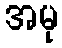
အမု